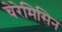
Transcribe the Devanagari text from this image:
चेरेमिसिन